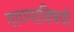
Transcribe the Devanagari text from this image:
गाण्याविषयी